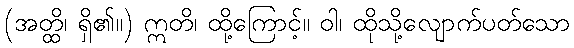
(အတ္ထိ၊ ရှိ၏။) ဣတိ၊ ထို့ကြောင့်။ ဝါ၊ ထိုသို့လျောက်ပတ်သော